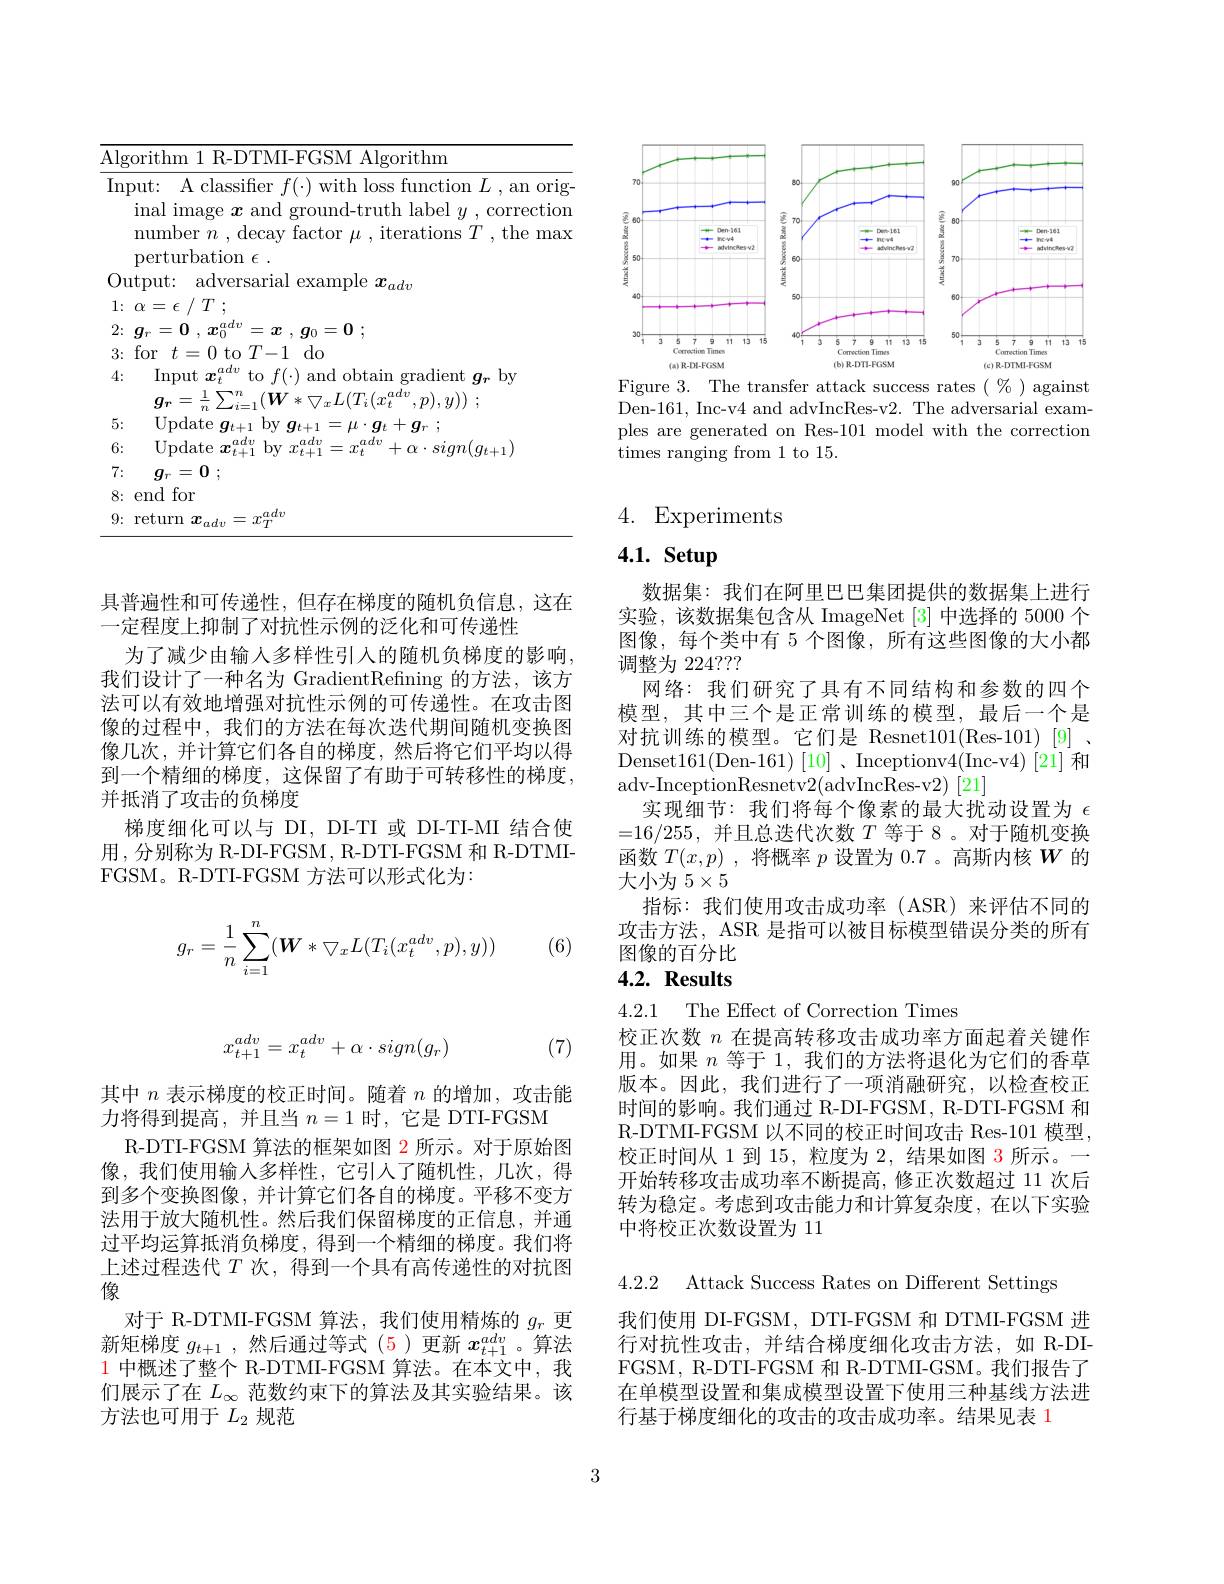
<table>
	<tbody>
		<tr>
			<td>$\overline{\mathrm{Alg}}$ $-\frac{1}{2}$ -</td>
			<td>$\operatorname{lgorithm}$ arithm $k$</td>
		</tr>
		<tr>
			<td>4:</td>
			<td>Input $\boldsymbol x_t^{adv}$ to $f(\cdot)$ and obtain gradient $\boldsymbol g_r$ by $n_{-}\underline{1}\sum^{n}$ $(W*\nabla$ $\bigtriangledown I/T./_{\mathcal{T}}adv$</td>
		</tr>
		<tr>
			<td>5:</td>
			<td>Update $U_{\boldsymbol{r}}$</td>
		</tr>
		<tr>
			<td>6:</td>
			<td>Update adu adv adv $siqn(q_{t+1})$ $\boldsymbol{v}$ ${^{\prime}t+}$</td>
		</tr>
		<tr>
			<td>7:</td>
			<td>$g_{r}= 0$ ;</td>
		</tr>
		<tr>
			<td>8:</td>
			<td>end for</td>
		</tr>
		<tr>
			<td>9:</td>
			<td>return $x$ $,adv$ 47 $.rT$</td>
		</tr>
	</tbody>
</table>

<FigureHere>
Figure 3. The transfer attack success rates $(\%)$ against

Den-161, Inc-v4 and advIncRes-v2. The adversarial examples are generated on Res-101 model with the correction times ranging from 1 to 15.

(7)
$$x_{t+1}^{adv}=x_t^{adv}+\alpha\cdot sign(g_r)$$
其中$n$表示梯度的校正时间。随着$n$的增加，攻击能
力将得到提高，并且当$n=1$时，它是 DTI-FGSM
R-DTI-FGSM 算法的框架如图 2 所示。对于原始图像，我们使用输入多样性，它引入了随机性，几次，得到多个变换图像，并计算它们各自的梯度。平移不变方法用于放大随机性。然后我们保留梯度的正信息，并通过平均运算抵消负梯度，得到一个精细的梯度。我们将上述过程迭代$T$次，得到一个具有高传递性的对抗图像
对于 R-DTMI-FGSM 算法，我们使用精炼的$g_r$更新矩梯度$g_{t+1}$ ,然后通过等式 (5)更新$x_t+1^{adv}$ 。算法$\color{red}{1\text{ 中概述了整个 R-DTMI-FGSM 算法。在本文中，我}}$ 们展示了在$L_\infty$范数约束下的算法及其实验结果。该方法也可用于$L_2$规范

具普遍性和可传递性，但存在梯度的随机负信息，这在
一定程度上抑制了对抗性示例的泛化和可传递性
为了减少由输人多样性引入的随机负梯度的影响， 我们设计了一种名为 GradientRefning 的方法，该方法可以有效地增强对抗性示例的可传递性。在攻击图像的过程中，我们的方法在每次迭代期间随机变换图像几次，并计算它们各自的梯度，然后将它们平均以得到一个精细的梯度，这保留了有助于可转移性的梯度， 并抵消了攻击的负梯度
梯度细化可以与 DI, DI-TI 或 DI-TI-MI 结合使用，分别称为 R-DI-FGSM , R-DTI-FGSM 和 R-DTMIFGSM。R-DTI-FGSM 方法可以形式化为：
$$g_r=\dfrac{1}{n}\sum_{i=1}^n(\boldsymbol{W}*\bigtriangledown_xL(T_i(x_t^{adv},p),y))$$
(6)

# 4. Experiments

# 4.1. Setup

数据集：我们在阿里巴巴集团提供的数据集上进行实验，该数据集包含从 ImageNet [3]中选择的 5000 个图像，每个类中有 5 个图像，所有这些图像的大小都调整为 224???
网络：我们研究了具有不同结构和参数的四个模型，其中三个是正常训练的模型，最后一个是对抗训练的模型。它们是 Resnet101(Res-101)[9]~, Denset161(Den-161)[10]、Inceptionv4(Inc-v4)[21] 和adv-InceptionResnetv2(advIncRes-v2)[21]
实现细节：我们将每个像素的最大扰动设置为$\epsilon$ =16/255,并且总迭代次数$T$等于 8。对于随机变换函数$T(x,p)$ ,将概率$p$设置为0.7 。高斯内核$W$的大小为$5\times5$
指标：我们使用攻击成功率(ASR)来评估不同的攻击方法，ASR 是指可以被目标模型错误分类的所有图像的百分比$4. 2. \textbf{ Results}$

4.2.1 The Effect of Correction Times
校正次数$n$在提高转移攻击成功率方面起着关键作用。如果$n$等于 1,我们的方法将退化为它们的香草版本。因此，我们进行了一项消融研究，以检查校正时间的影响。我们通过 R-DI-FGSM, R-DTI-FGSM 和R-DTMI-FGSM 以不同的校正时间攻击 Res-101 模型， 校正时间从 1 到 15, 粒度为 2, 结果如图 3 所示。一开始转移攻击成功率不断提高，修正次数超过 11 次后转为稳定。考虑到攻击能力和计算复杂度，在以下实验中将校正次数设置为 11

4.2.2 Attack Success Rates on Different Settings

我们使用 DI-FGSM, DTI-FGSM 和 DTMI-FGSM 进行对抗性攻击，并结合梯度细化攻击方法，如 R-DIFGSM, R-DTI-FGSM 和 R-DTMI-GSM。我们报告了在单模型设置和集成模型设置下使用三种基线方法进行基于梯度细化的攻击的攻击成功率。结果见表 1

3